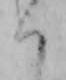
く